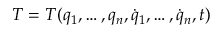
T = T ( q _ { 1 } , \dots , q _ { n } , { \dot { q } } _ { 1 } , \dots , { \dot { q } } _ { n } , t )